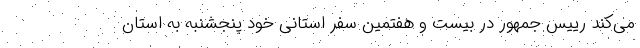
می‌کند رییس جمهور در بیست و هفتمین سفر استانی خود پنجشنبه به استان